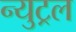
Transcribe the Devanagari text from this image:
न्युट्रल